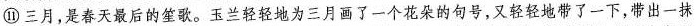
⑪三月，是春天最后的笙歌。玉兰轻轻地为三月画了一个花朵的句号，又轻轻地带了一下，带出一抹